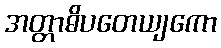
အတ္တာဓိပတေယျကော